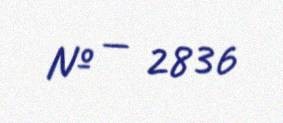
№ — 2836